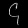
Digit: ၄